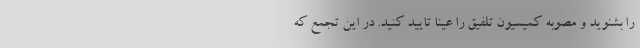
را بشنوید و مصوبه کمیسیون تلفیق را عیناً تایید کنید. در این تجمع که